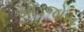
બીડજોસ